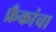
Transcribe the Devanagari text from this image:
फ्रँकांचा